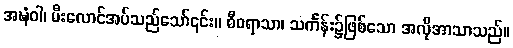
အဍ္ဎံဝါ၊ မီးလောင်အပ်သည်သော်၎င်း။ စီဝရာသာ၊ သင်္ကန်း၌ဖြစ်သော အလိုအာသာသည်။